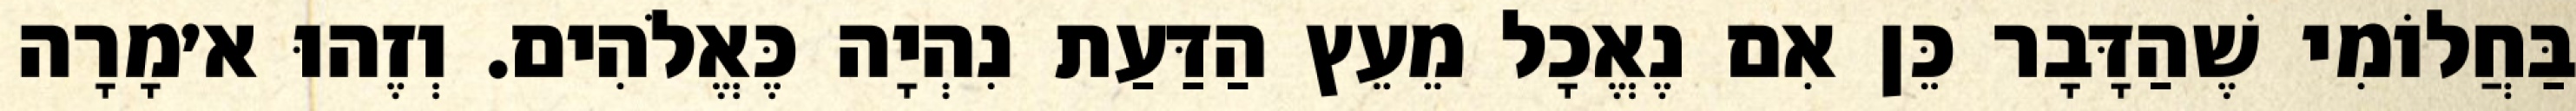
בַּחֲלוֹמִי שֶׁהַדָּבָר כֵּן אִם נֶאֱכָל מֵעֵץ הַדַּעַת נִהְיָה כֶּאֱלֹהִים. וְזֶהוּ א׳מָרָה